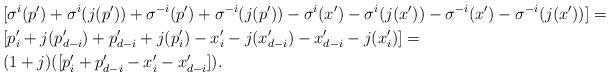
LaTeX: \begin{align*} & [\sigma ^i(p')+\sigma^i(j(p'))+\sigma ^{-i}(p')+\sigma^{-i}(j(p')) -\sigma ^i(x')-\sigma^i(j(x'))-\sigma ^{-i}(x')-\sigma^{-i}(j(x'))]= \\ & [p'_i+j(p'_{d-i})+p'_{d-i}+ j(p'_{i}) - x'_i-j(x'_{d-i})-x'_{d-i}-j(x'_{i})]= \\ & (1+j)([p'_i+p'_{d-i}-x'_i-x'_{d-i}]). \end{align*}